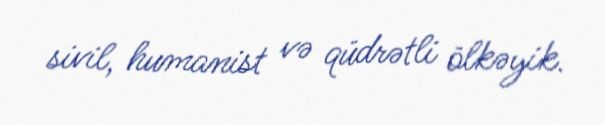
sivil, humanist və qüdrətli ölkəyik.